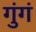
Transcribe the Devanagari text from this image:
गुंगं